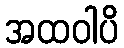
အထဝါပိ